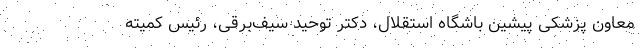
معاون پزشکی پیشین باشگاه استقلال، دکتر توحید سیف‌برقی، رئیس کمیته